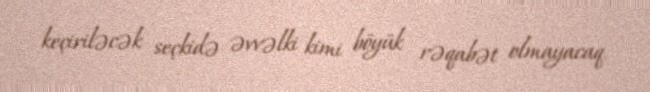
keçiriləcək seçkidə əvvəlki kimi böyük rəqabət olmayacaq.